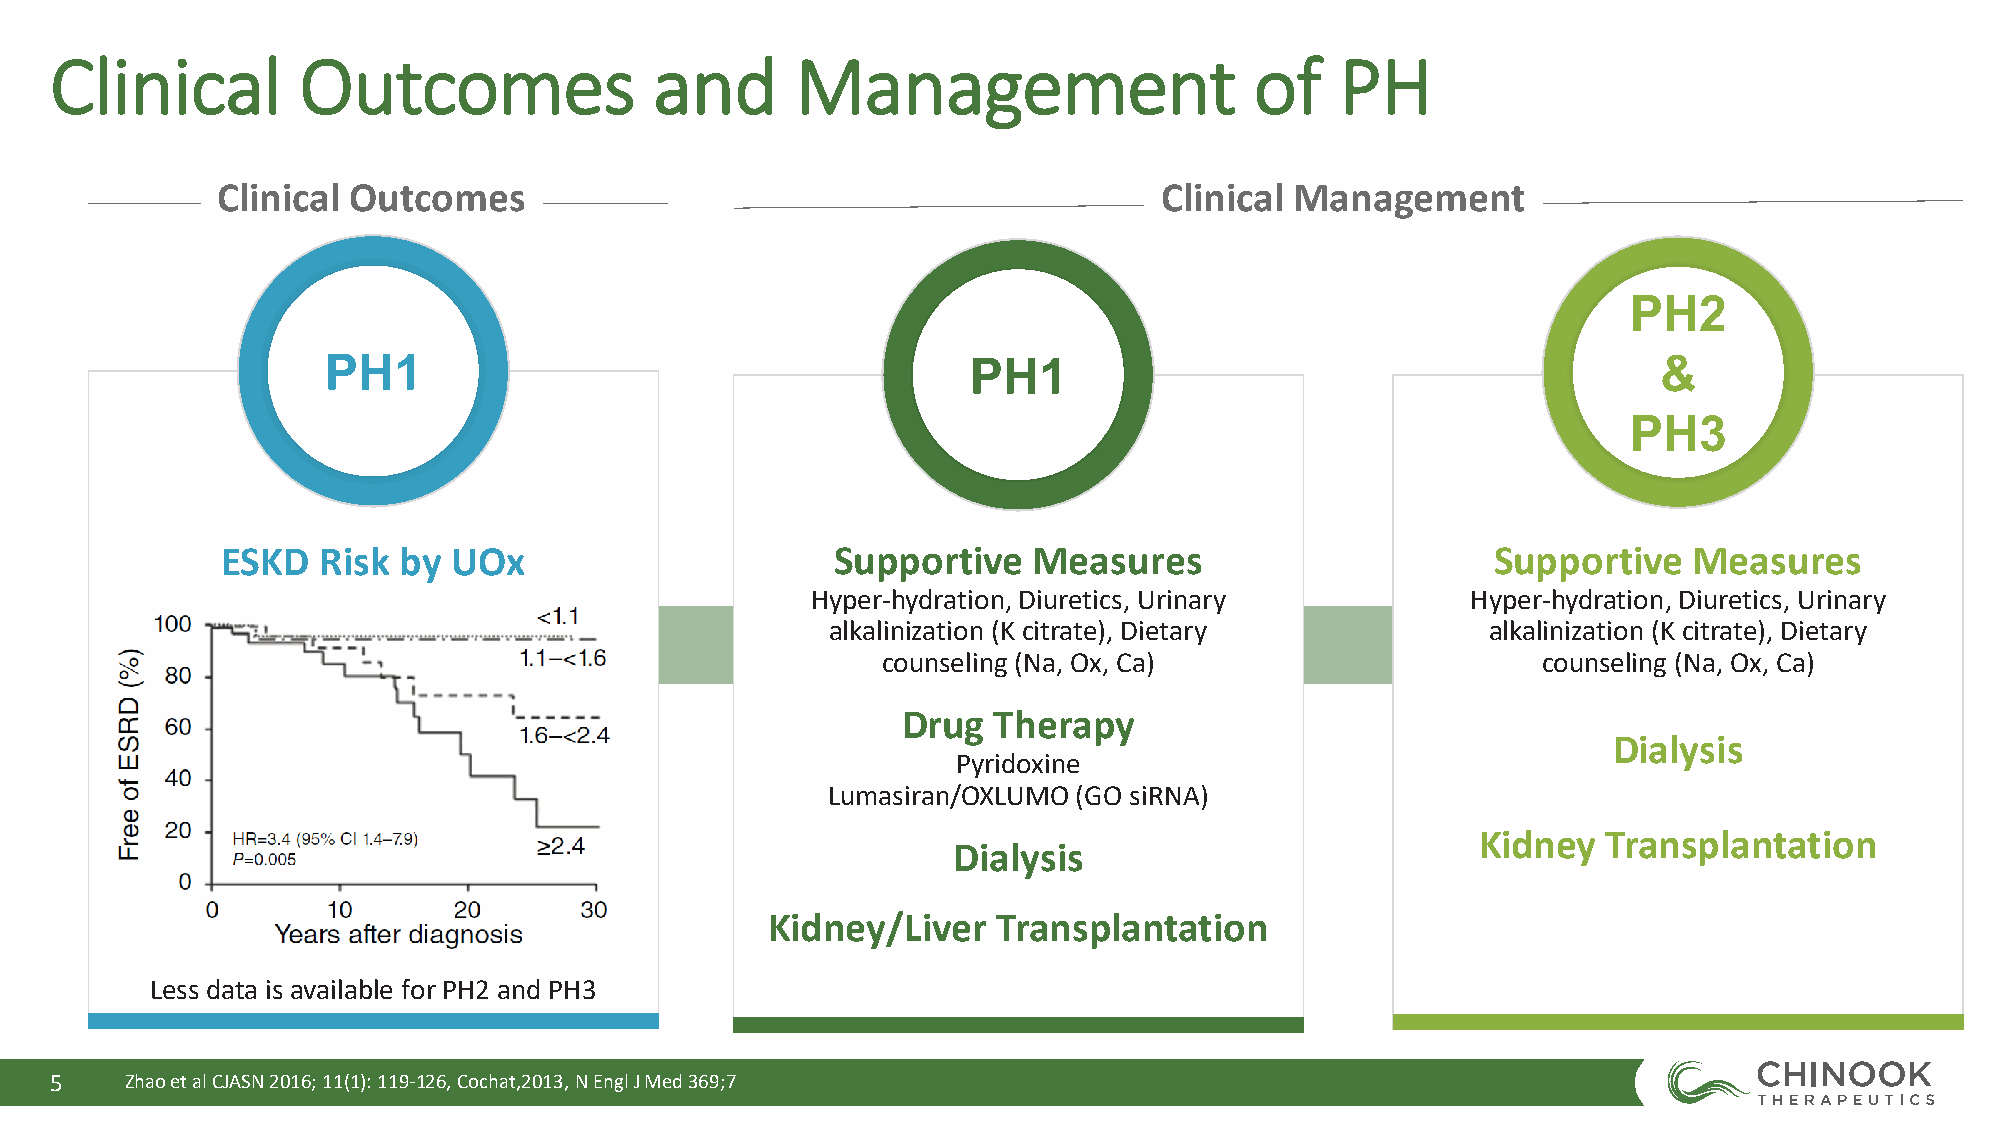
Clinical         Outcomes               and       Management                    of    PH
 Clinical Outcomes                                              Clinical Management
 PH2
 PH1                                        PH1                                           &
 PH3
 ESKD  Risk by  UOx                      Supportive   Measures                       Supportive   Measures
 Hyper-hydration, Diuretics, Urinary        Hyper-hydration, Diuretics, Urinary
 alkalinization (K citrate), Dietary         alkalinization (K citrate), Dietary
 counseling (Na, Ox, Ca)                     counseling (Na, Ox, Ca)
 Drug  Therapy
 Dialysis
 Pyridoxine
 Lumasiran/OXLUMO (GO siRNA)
 Kidney  Transplantation
 Dialysis
 Kidney/Liver   Transplantation
 Less data is available for PH2 and PH3
 5    Zhao et al CJASN 2016; 11(1): 119-126, Cochat,2013, N EnglJ Med 369;7